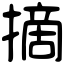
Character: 摘